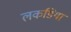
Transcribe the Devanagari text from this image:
लकडियां